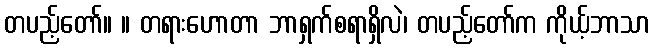
တပည့်တော်။ ။ တရားဟောတာ ဘာရှက်စရာရှိလဲ၊ တပည့်တော်က ကိုယ့်ဘာသာ